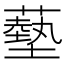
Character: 𦿳